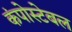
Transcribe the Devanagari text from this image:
कंपोस्टेबल